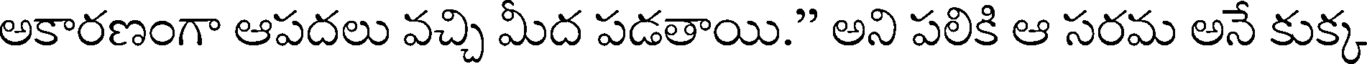
అకారణంగా ఆపదలు వచ్చి మీద పడతాయి." అని పలికి ఆ సరమ అనే కుక్క